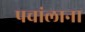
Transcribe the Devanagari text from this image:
पचांलाना